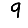
Digit: 9